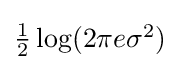
{\textstyle {\tfrac {1}{2}}\log(2\pi e\sigma ^{2})}